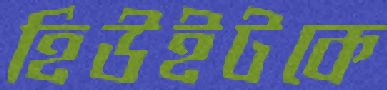
হিউইটকে